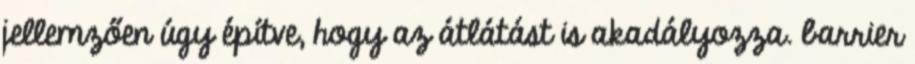
jellemzően úgy építve, hogy az átlátást is akadályozza. barrier